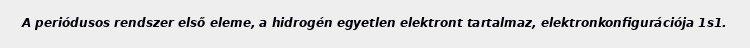
A periódusos rendszer első eleme, a hidrogén egyetlen elektront tartalmaz, elektronkonfigurációja 1s1.